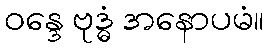
ဝန္ဒေ ဗုဒ္ဓံ အနောပမံ။